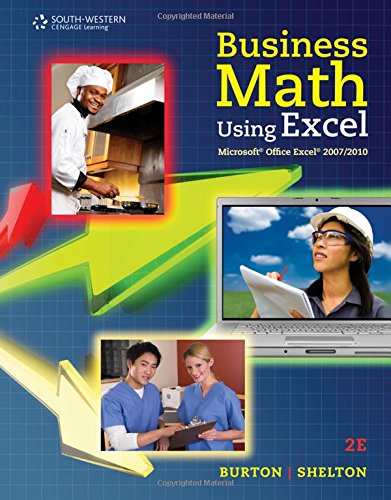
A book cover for Business Math Using Excel; Sharon Burton; Business & Money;